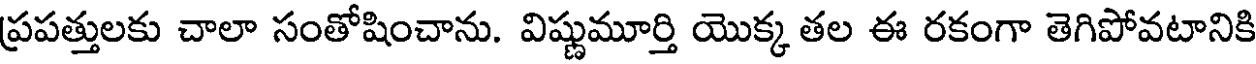
ప్రపత్తులకు చాలా సంతోషించాను. విష్ణుమూర్తి యొక్క తల ఈ రకంగా తెగిపోవటానికి